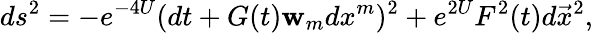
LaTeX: ds^{2}=-e^{-4U}(dt+G(t)\mathbf{w}_{m}dx^{m})^{2}+e^{2U}F^{2}(t)d\vec{{x}}^{2},